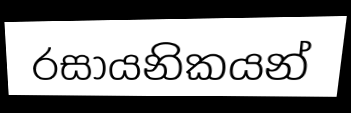
රසායනිකයන්